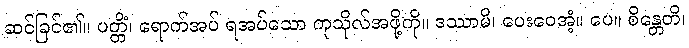
ဆင်ခြင်၏။ ပတ္တိံ၊ ရောက်အပ် ရအပ်သော ကုသိုလ်အဖို့ကို။ ဒဿာမိ၊ ပေးဝေအံ့။ ပေ။ စိန္တေတိ၊